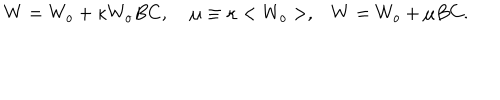
W = W _ { o } + \kappa W _ { o } B C , \; \mu \equiv \kappa < W _ { o } > , W = W _ { o } + \mu B C .